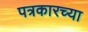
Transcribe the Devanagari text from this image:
पत्रकारच्या